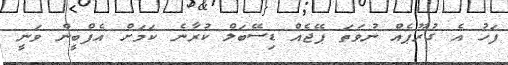
ފަހު އެ ގުރޫޕެއް ނުވަތަ ޕޭޖެއް ޑިސޭބަލް ކުރާނެ ކަމަށް އެފްބީން ވަނީ